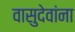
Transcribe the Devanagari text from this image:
वासुदेवांना